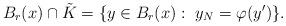
LaTeX: \begin{align*}B_r(x)\cap \tilde{K}= \{y\in B_r(x):\ y_N=\varphi(y')\}.\end{align*}